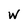
Character: w